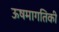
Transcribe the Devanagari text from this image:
ऊषमागतिकी